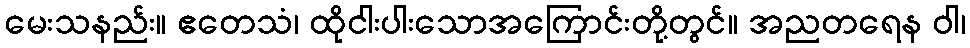
မေးသနည်း။ ဧတေသံ၊ ထိုငါးပါးသောအကြောင်းတို့တွင်။ အညတရေန ဝါ၊